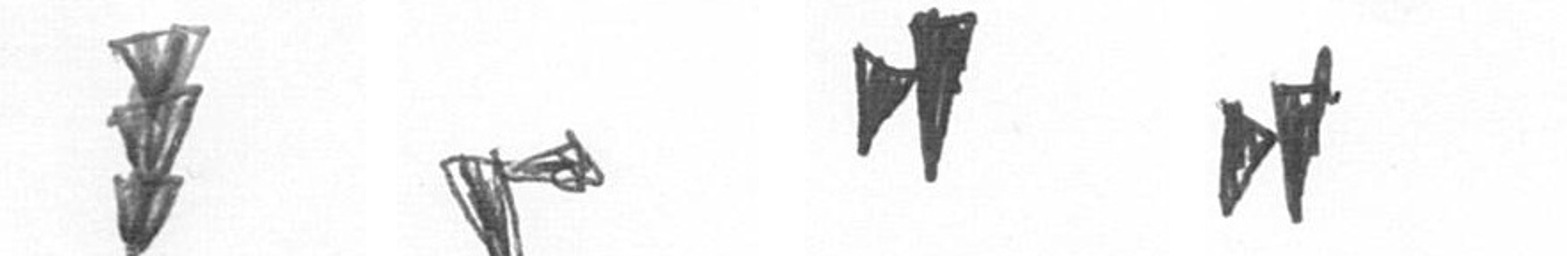
E F M M